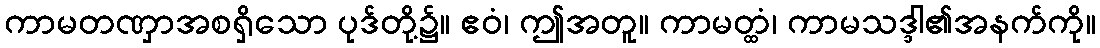
ကာမတဏှာအစရှိသော ပုဒ်တို့၌။ ဧဝံ၊ ဤအတူ။ ကာမတ္ထံ၊ ကာမသဒ္ဒါ၏အနက်ကို။